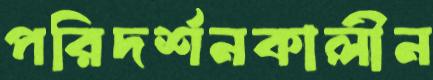
পরিদর্শনকালীন